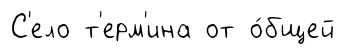
С'ело т'ерм'ина от о́бщей